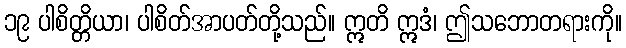
၁၉ ပါစိတ္တိယာ၊ ပါစိတ်အာပတ်တို့သည်။ ဣတိ ဣဒံ၊ ဤသဘောတရားကို။